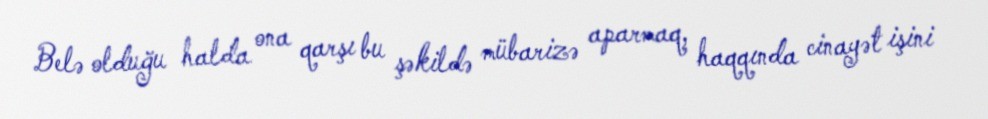
Belə olduğu halda ona qarşı bu şəkildə mübarizə aparmaq, haqqında cinayət işini